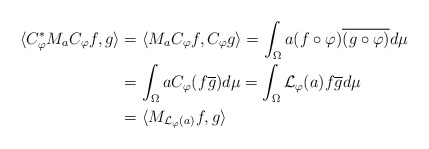
\begin{align*} \langle C_\varphi ^* M_a C_\varphi f, g \rangle &= \langle M_a C_\varphi f, C_\varphi g \rangle = \int_\Omega a (f \circ \varphi) \overline {(g \circ \varphi)} d \mu \\ &= \int_\Omega a C_\varphi (f \overline{g}) d \mu = \int_\Omega \mathcal{L}_\varphi (a) f \overline{g} d \mu \\ &= \langle M_{\mathcal{L}_\varphi (a)} f, g \rangle\end{align*}